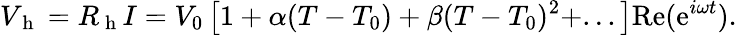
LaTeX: V_{\mathrm{~h~}}=R_{\mathrm{~h~}}I=V_{0}\left[1+\alpha(T-T_{0})+\beta(T-T_{0})^{2}+...\right]\mathrm{Re}(\mathrm{e}^{i\omega t}){.}